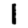
Digit: 1